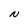
Character: N